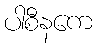
ပါစီနကေ